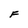
Character: F